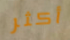
أكثر